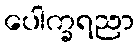
ပေါက္ခရညာ